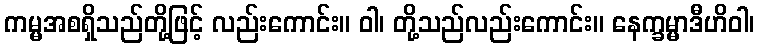
ကမ္မအစရှိသည်တို့ဖြင့် လည်းကောင်း။ ဝါ၊ တို့သည်လည်းကောင်း။ နေက္ခမ္မာဒီဟိဝါ၊